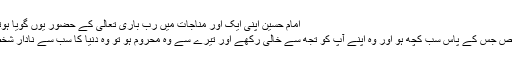
امام حسین اپنی ایک اور مناجات میں رب باری تعالی کے حضور یوں گویا ہوتے ہیں:
ایسا شخص جس کے پاس سب کچھ ہو اور وہ اپنے آپ کو تجھ سے خالی رکھے اور تیرے سے وہ محروم ہو تو وہ دنیا کا سب سے نادار شخص ہے۔